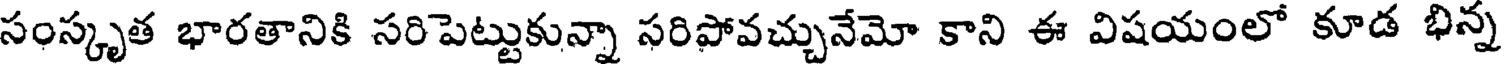
సంస్కృత భారతానికి సరిపెట్టుకున్నా సరిపోవచ్చునేమో కాని ఈ విషయంలో కూడ భిన్న